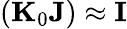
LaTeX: \left({\mathbf K}_{0}{\mathbf J}\right)\approx{\mathbf I}